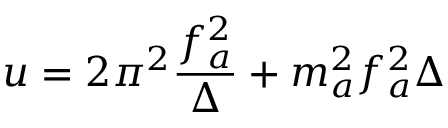
u = 2 \pi ^ { 2 } \frac { f _ { a } ^ { 2 } } { \Delta } + m _ { a } ^ { 2 } f _ { a } ^ { 2 } \Delta